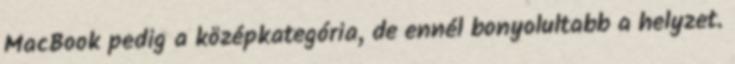
MacBook pedig a középkategória, de ennél bonyolultabb a helyzet.